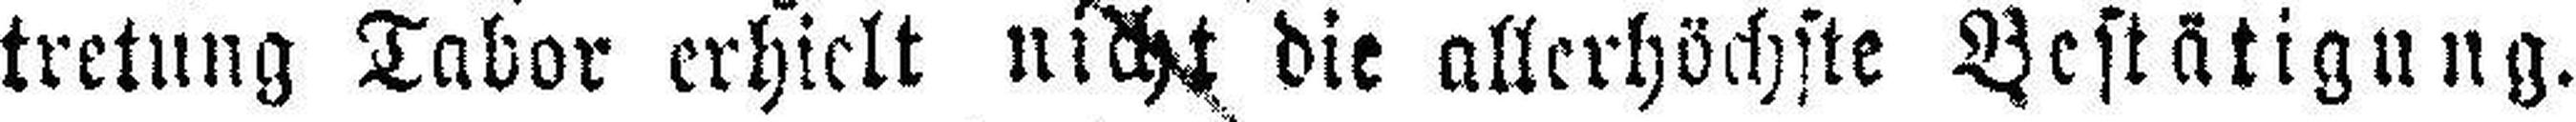
tretung Tabor erhielt nicht die allerhöchste Bestätigung.